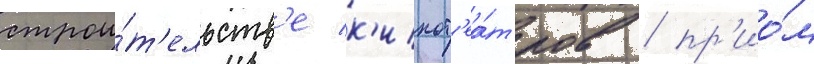
строи́т'ельств'е к'инот'еа́тров / пр'ио́м